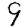
Digit: 9